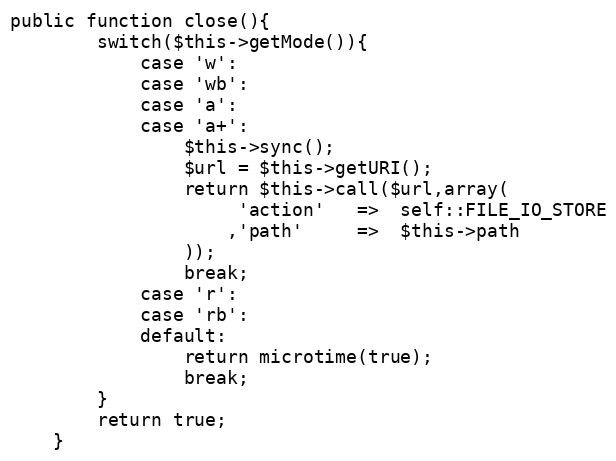
Language: PHP
public function close(){
		switch($this->getMode()){
			case 'w':
			case 'wb':
			case 'a':
			case 'a+':
				$this->sync();
				$url = $this->getURI();
				return $this->call($url,array(
					 'action'	=>	self::FILE_IO_STORE
					,'path'		=>	$this->path
				));
				break;
			case 'r':
			case 'rb':
			default:
				return microtime(true);
				break;
		}
		return true;
	}